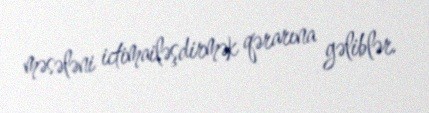
məsələni ictimailəşdirmək qərarına gəliblər.